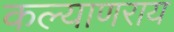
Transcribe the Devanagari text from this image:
कल्याणराय